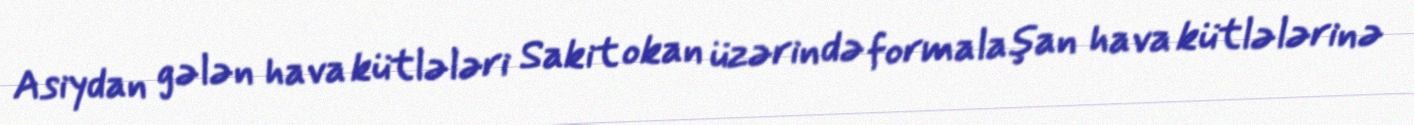
Asiydan gələn hava kütlələri Sakit okan üzərində formalaşan hava kütlələrinə